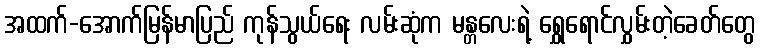
အထက်-အောက်မြန်မာပြည် ကုန်သွယ်ရေး လမ်းဆုံက မန္တလေးရဲ့ ရွှေရောင်လွှမ်းတဲ့ခေတ်တွေ